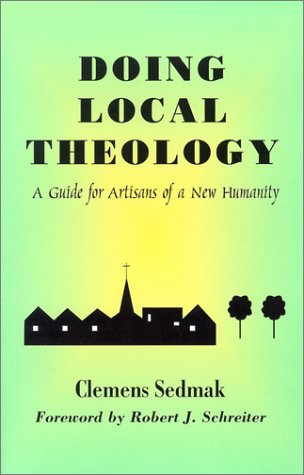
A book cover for Doing Local Theology: A Guide for Artisans of a New Humanity (Faith and Cultures); Clemens Sedmak; Christian Books & Bibles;